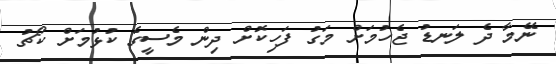
ނޭމާ ދެ ލަނޑު ޖެހުމަށް މަގު ފަހިކޮށް ދިން މެސީގެ ކުޅުމަށް ކޯޗު